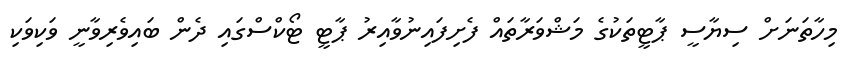
މިހާތަނަށް ސިޔާސީ ޕާޓީތަކުގެ މަޝްވަރާތައް ފެށިފައިނުވާއިރު ޕާޓީ ޓޯކްސްގައި ދެން ބައިވެރިވާނީ ވަކިވަކި